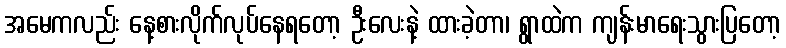
အမေကလည်း နေ့စားလိုက်လုပ်နေရတော့ ဦးလေးနဲ့ ထားခဲ့တာ၊ ရွာထဲက ကျန်းမာရေးသွားပြတော့